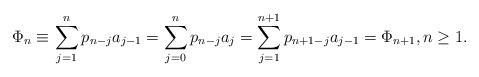
LaTeX: \begin{align*}\Phi_n\equiv&\,\sum_{j=1}^{n}p_{n-j}a_{j-1}=\sum_{j=0}^{n}p_{n-j}a_j=\sum_{j=1}^{n+1}p_{n+1-j}a_{j-1}=\Phi_{n+1},n\geq1.\end{align*}